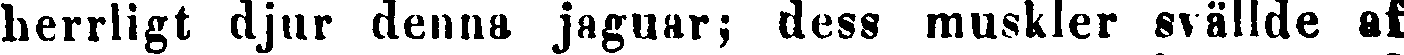
herrligt djur denna jaguar; dess muskler svällde af